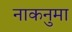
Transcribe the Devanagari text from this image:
नाकनुमा